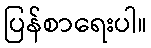
ပြန်စာရေးပါ။